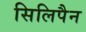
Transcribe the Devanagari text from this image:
सिलिपैन